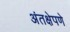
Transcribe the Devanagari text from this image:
अंतक्षेपणे